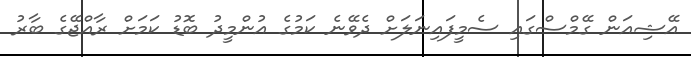
އޭޝިއަން ގޭމްސްގައި ސެމީފައިނަލަށް ދެވޭނެ ކަމުގެ އުންމީދު ބޮޑު ކަމަށް ރާއްޖޭގެ ބާރު